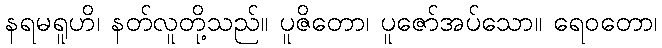
နရမရူဟိ၊ နတ်လူတို့သည်။ ပူဇိတော၊ ပူဇော်အပ်သော။ ရေဝတော၊